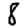
Digit: 8